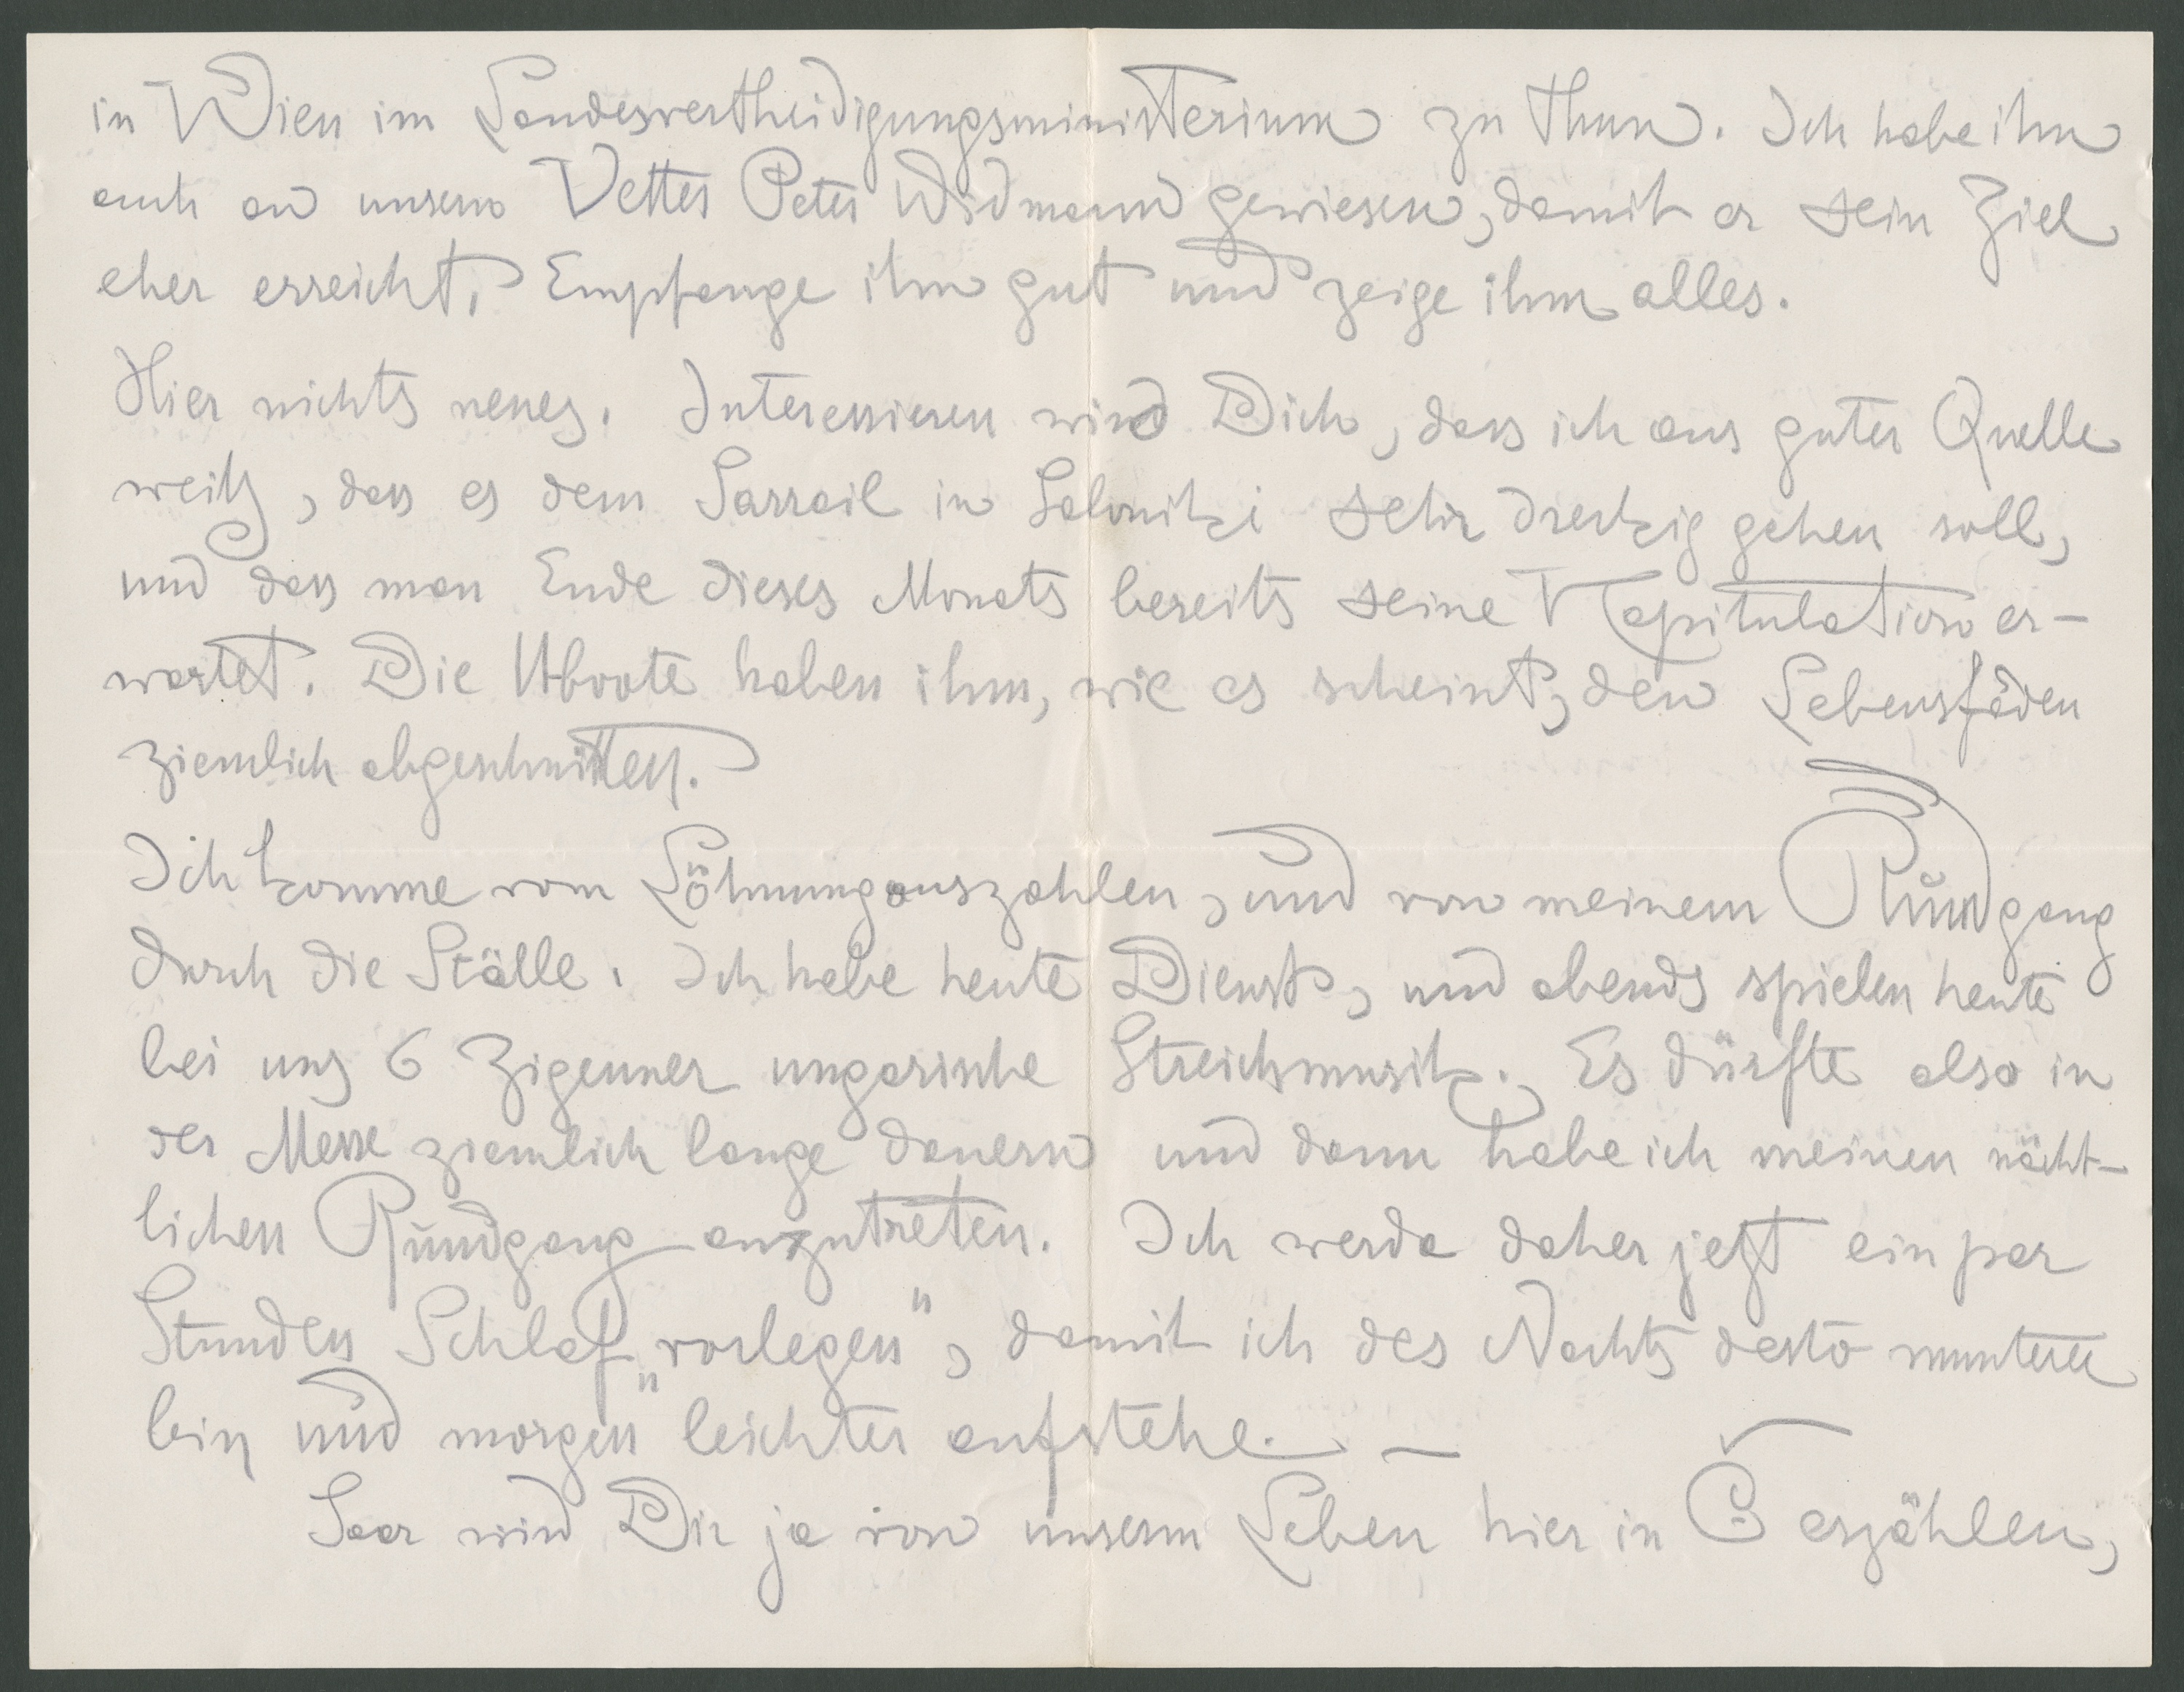
in Wien im Landesvertheidigungsministerium zu thun. Ich habe ihn
auch an unsern Vetter Peter Widmann gewiesen, damit er sein Ziel
eher erreicht. Empfange ihn gut und zeige ihm alles.
Hier nichts neues. Interessieren wir Dich, dass ich aus guter Quelle
weiß, dass es dem Sarrail in Saloniki sehr dreckig gehen soll,
und dass man Ende diese Monats bereits seine Kapitulation er-
wartet. Die Uboote haben ihm, wie es scheint, den Lebensfaden
ziemlich abgeschnitten.
Ich komme vom Löhnungauszahlen, und von meinem Rundgang
durch die Ställe. Ich habe heute Dienst, und abends spielen heute
bei uns 6 Zigeuner ungarische Streichmusik. Es dürfte also in
der Messe ziemlich lange dauern und dann habe ich meinen nächt-
lichen Rundgang anzutreten. Ich werde daher jetzt ein par
Stunden Schlaf "vorlegen", damit ich des Nachts desto munterer
bin und morgen leichter aufstehe.
Saar wird Dir ja von unserem Leben hier in C. erzählen,